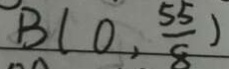
B ( 0 , \frac { 5 5 } { 8 } )